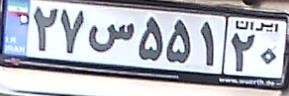
۲۷س۵۵۱۲۰